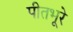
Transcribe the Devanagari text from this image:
पीतभूरे